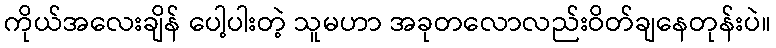
ကိုယ်အလေးချိန် ပေါ့ပါးတဲ့ သူမဟာ အခုတလောလည်းဝိတ်ချနေတုန်းပဲ။